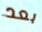
بعد